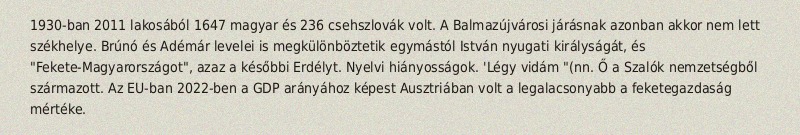
1930-ban 2011 lakosából 1647 magyar és 236 csehszlovák volt. A Balmazújvárosi járásnak azonban akkor nem lett székhelye. Brúnó és Adémár levelei is megkülönböztetik egymástól István nyugati királyságát, és "Fekete-Magyarországot", azaz a későbbi Erdélyt. Nyelvi hiányosságok. 'Légy vidám "(nn. Ő a Szalók nemzetségből származott. Az EU-ban 2022-ben a GDP arányához képest Ausztriában volt a legalacsonyabb a feketegazdaság mértéke.